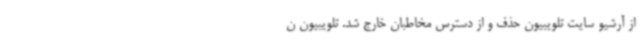
از آرشیو سایت تلویبیون حذف و از دسترس مخاطبان خارج شد. تلویبیون ن